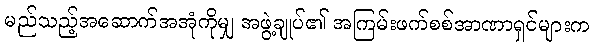
မည်သည့်အဆောက်အအုံကိုမျှ အဖွဲ့ချုပ်၏ အကြမ်းဖက်စစ်အာဏာရှင်များက